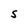
Character: S